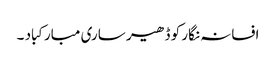
افسانہ نگار کو ڈھیر ساری مبارکباد ۔